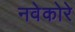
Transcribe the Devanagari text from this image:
नवेकोरे